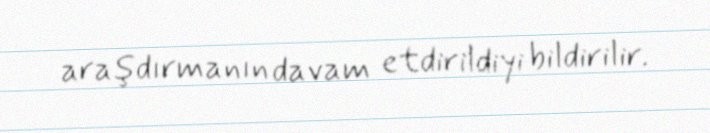
araşdırmanın davam etdirildiyi bildirilir.